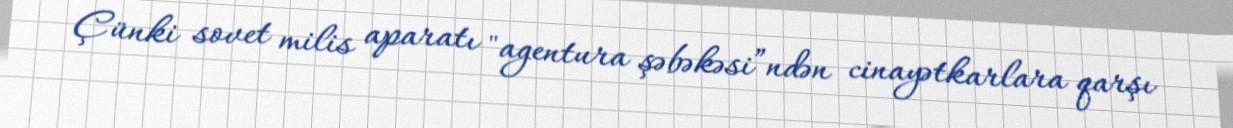
Çünki sovet milis aparatı "agentura şəbəkəsi”ndən cinayətkarlara qarşı